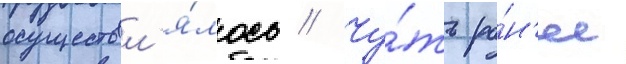
осуществл'я́лось // Чу́ть ра́н'ее